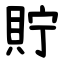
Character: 貯